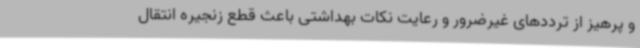
و پرهیز از ترددهای غیرضرور و رعایت نکات بهداشتی باعث قطع زنجیره انتقال